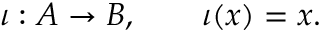
\iota : A \rightarrow B , \qquad \iota ( x ) = x .